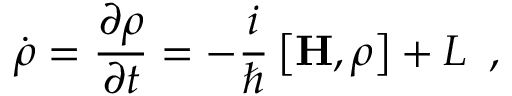
\dot { \boldsymbol { \rho } } = \frac { \partial \boldsymbol { \rho } } { \partial t } = - \frac { i } { \hbar } \left[ \mathbf { H } , \boldsymbol { \rho } \right] + \boldsymbol { \cal { L } } \, \, \, ,